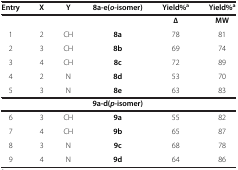
| Entry | X | Y | 8a-e( o- isomer) | Yield%a | Yield%a |
 | --- | --- | --- | --- | --- | --- |
 |  |  |  |  | Δ | MW |
 | 1 | 2 | CH | 8a | 78 | 81 |
 | 2 | 3 | CH | 8b | 69 | 74 |
 | 3 | 4 | CH | 8c | 72 | 89 |
 | 4 | 2 | N | 8d | 53 | 70 |
 | 5 | 3 | N | 8e | 63 | 83 |
 |  |  |  | 9a-d( p- isomer) |  |  |
 | 6 | 3 | CH | 9a | 55 | 82 |
 | 7 | 4 | CH | 9b | 65 | 87 |
 | 8 | 3 | N | 9c | 68 | 78 |
 | 9 | 4 | N | 9d | 64 | 86 |